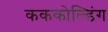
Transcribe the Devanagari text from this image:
कककोल्डिंग